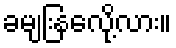
ခမျြးနလေို့လား။